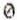
0